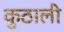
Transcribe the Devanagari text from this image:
कुठाली